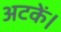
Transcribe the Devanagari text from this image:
अटकें।